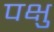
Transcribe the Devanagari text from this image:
पक्षु